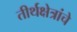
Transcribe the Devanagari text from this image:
तीर्थक्षेत्रांचे